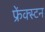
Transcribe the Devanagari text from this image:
फ्रेंक्स्टन